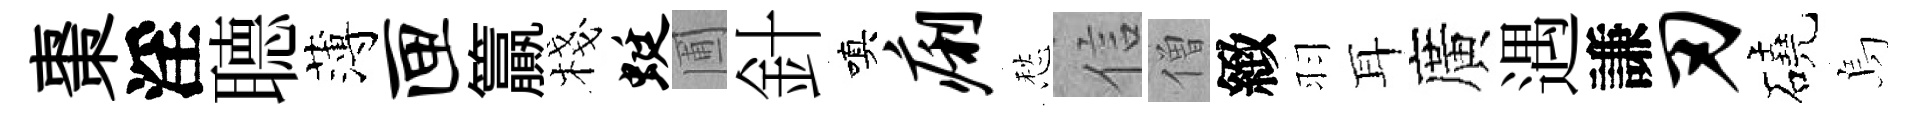
棗淫𦗟薄匣籯棧蜓圃針嗔痢愁信僧緻羽耳廣遇謙刃磽烏